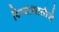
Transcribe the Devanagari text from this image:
पिण्यासाठीचे